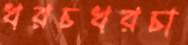
খরচখরচা